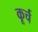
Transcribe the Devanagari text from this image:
कूर्च